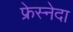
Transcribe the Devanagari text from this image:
फ्रेस्नेदा